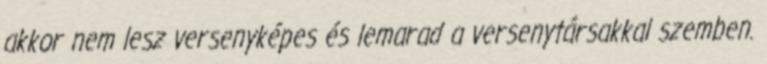
akkor nem lesz versenyképes és lemarad a versenytársakkal szemben.